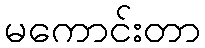
မကောင်းတာ